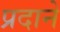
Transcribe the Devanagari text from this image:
प्रदाने